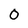
Character: 0